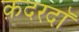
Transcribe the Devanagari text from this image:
क़दरदाॅ